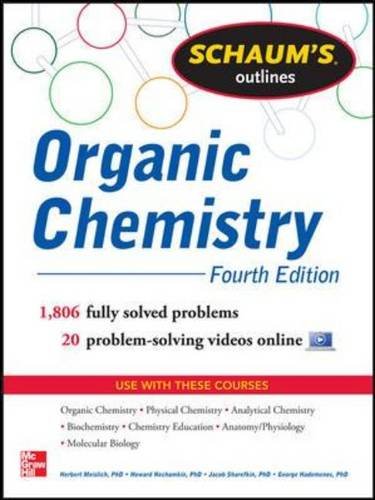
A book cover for Schaum's Outline of Organic Chemistry: 1,806 Solved Problems + 24 Videos (Schaum's Outlines); Herbert Meislich; Science & Math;